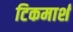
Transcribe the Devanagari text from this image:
टिकमार्श